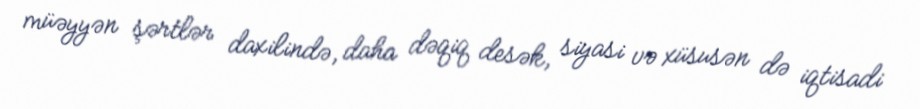
müəyyən şərtlər daxilində, daha dəqiq desək, siyasi və xüsusən də iqtisadi